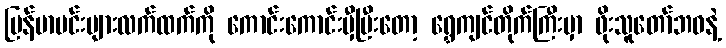
မြန်မာမင်းများလက်ထက်ကို ကောင်းကောင်းမှီပြီးတော့ ရွှေကျင်တိုက်ကြီးမှာ ဖိုးသူတော်ဘဝနဲ့